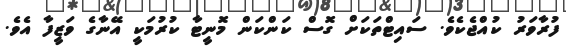
ފުރާވަރު ކުއްޖެކެވެ. ސައިޓްތަކަށް ގޮސް ކަންކަން މޮނީޓާ ކުރުމަކީ އޭނާގެ ވަޒީފާ އެވެ.